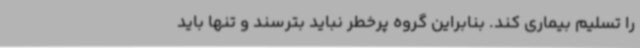
را تسلیم بیماری کند. بنابراین گروه پرخطر نباید بترسند و تنها باید